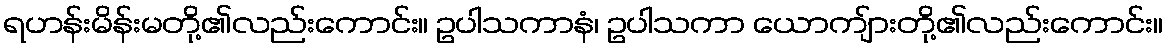
ရဟန်းမိန်းမတို့၏လည်းကောင်း။ ဥပါသကာနံ၊ ဥပါသကာ ယောကျ်ားတို့၏လည်းကောင်း။